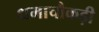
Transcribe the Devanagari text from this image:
धमाचौकड़ी